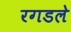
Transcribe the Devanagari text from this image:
रगडले